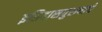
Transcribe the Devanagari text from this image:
इतिहासपुरुषाचे